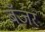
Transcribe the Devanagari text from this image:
बँजर